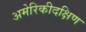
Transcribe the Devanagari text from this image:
अमेरिकीदक्षिण